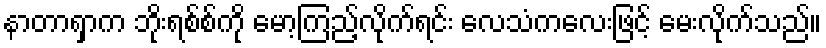
နာတာရှာက ဘိုးရစ်စ်ကို မော့ကြည့်လိုက်ရင်း လေသံကလေးဖြင့် မေးလိုက်သည်။